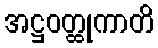
အဋ္ဌဝတ္ထုကာတိ